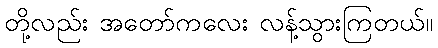
တို့လည်း အတော်ကလေး လန့်သွားကြတယ်။